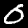
Digit: 0